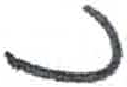
אות: נ